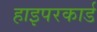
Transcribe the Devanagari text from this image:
हाइपरकार्ड